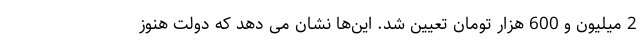
2 میلیون و 600 هزار تومان تعیین شد. این‌ها نشان می دهد که دولت هنوز